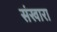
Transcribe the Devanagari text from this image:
संखारा